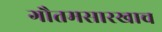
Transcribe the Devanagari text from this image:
गौतमसारखाच